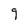
Character: 9